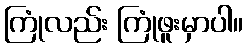
ကြုံလည်း ကြုံဖူးမှာပါ။